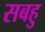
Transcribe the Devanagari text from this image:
सबहु